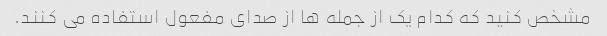
مشخص کنید که کدام یک از جمله ها از صدای مفعول استفاده می کنند.